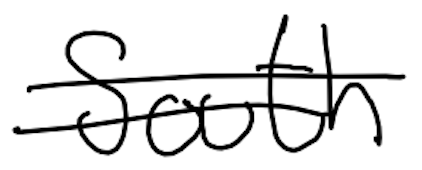
Text: South
Cross-out: double-line
Writing tool: digital_black